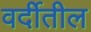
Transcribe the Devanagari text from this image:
वर्दीतील